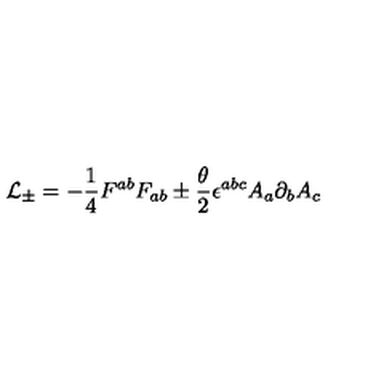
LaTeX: { \cal L } _ { \pm } = - { \frac { 1 } { 4 } } { F ^ { a b } F _ { a b } } \pm { \frac { { \theta } } { 2 } } { \epsilon } ^ { a b c } A _ { a } { \partial } _ { b } A _ { c }